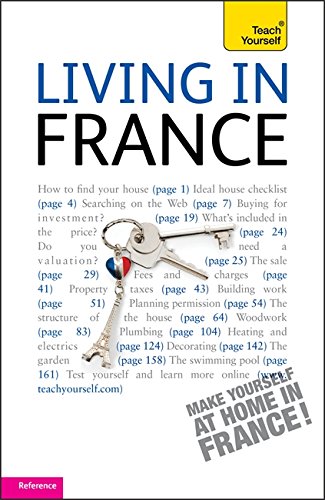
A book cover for Living in France (Teach Yourself); Peter MacBride; Travel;